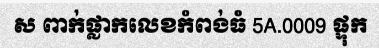
ស ពាក់ផ្លាកលេខកំពង់ធំ 5A.0009 ផ្ទុក